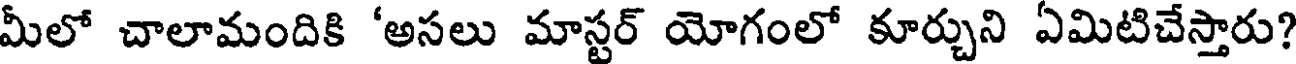
మీలో చాలామందికి 'అసలు మాస్టర్ యోగంలో కూర్చుని ఏమిటిచేస్తారు?